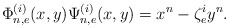
\begin{align*} \Phi_{n,e}^{(i)}(x,y)\Psi_{n,e}^{(i)}(x,y)=x^n-\zeta^i_{e}y^n.\end{align*}